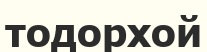
тодорхой